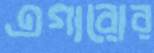
এগারোর